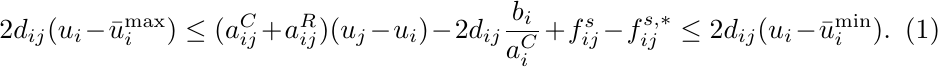
\begin{equation}\label{eq:bounds}
   2d_{ij}(u_i-\bar u_i^{\max})
   \le(a_{ij}^C+a_{ij}^R)(u_j-u_i)-2d_{ij}\frac{b_i}{a_i^C}
   +f_{ij}^s-f_{ij}^{s,*}\le2d_{ij}(u_i-\bar u_i^{\min}).
\end{equation}